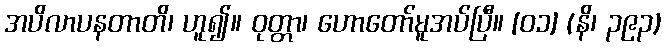
အပိလာပနတာတိ၊ ဟူ၍။ ဝုတ္တာ၊ ဟောတော်မူအပ်ပြီ။ [၀၁] (နိ၊ ၃၉၃)